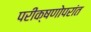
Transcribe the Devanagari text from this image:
परीक्षणोपरांत